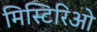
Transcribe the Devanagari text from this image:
मिस्टिरिओ